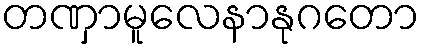
တဏှာမူလေနာနုဂတော